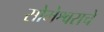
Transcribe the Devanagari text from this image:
सोमेश्वराचे